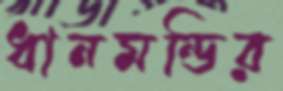
ধানমন্ডির